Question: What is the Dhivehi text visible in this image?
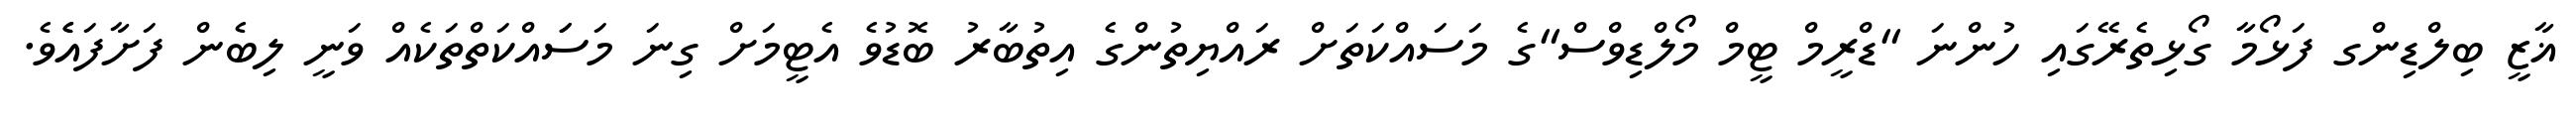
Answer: ޣާޒީ ބިލްޑިންގ ފަޅޯމާ ގޯޅިތެރޭގައި ހުންނަ "ޑްރީމް ޓީމް މޯލްޑިވްސް"ގެ މަސައްކަތަށް ރައްޔިތުންގެ އިތުބާރު ބޮޑުވެ އެޓީމަށް ގިނަ މަސަައްކަތްތަކެއް ވަނީ ލިބެން ފަށާފައެެވެ.